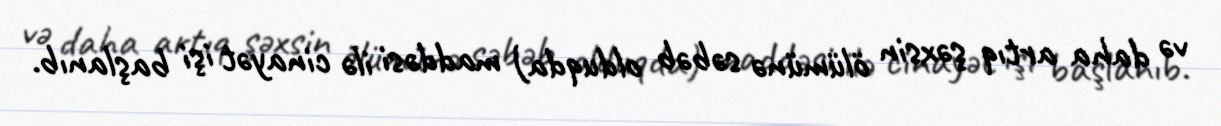
və daha artıq şəxsin ölümünə səbəb olduqda) maddəsi ilə cinayət işi başlanıb.